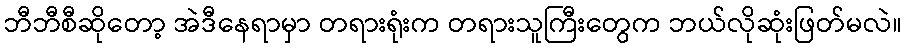
ဘီဘီစီဆိုတော့ အဲဒီနေရာမှာ တရားရုံးက တရားသူကြီးတွေက ဘယ်လိုဆုံးဖြတ်မလဲ။